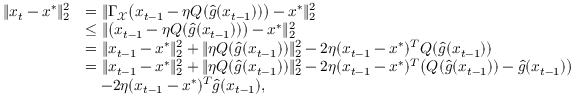
\begin{array} { r l } { \| x _ { t } - x ^ { * } \| _ { 2 } ^ { 2 } } & { = \| \Gamma _ { \mathcal { X } } \big ( x _ { t - 1 } - \eta Q ( \hat { g } ( x _ { t - 1 } ) ) \big ) - x ^ { * } \| _ { 2 } ^ { 2 } } \\ & { \leq \| \big ( x _ { t - 1 } - \eta Q ( \hat { g } ( x _ { t - 1 } ) ) \big ) - x ^ { * } \| _ { 2 } ^ { 2 } } \\ & { = \| x _ { t - 1 } - x ^ { * } \| _ { 2 } ^ { 2 } + \| \eta Q ( \hat { g } ( x _ { t - 1 } ) ) \| _ { 2 } ^ { 2 } - 2 \eta ( x _ { t - 1 } - x ^ { * } ) ^ { T } Q ( \hat { g } ( x _ { t - 1 } ) ) } \\ & { = \| x _ { t - 1 } - x ^ { * } \| _ { 2 } ^ { 2 } + \| \eta Q ( \hat { g } ( x _ { t - 1 } ) ) \| _ { 2 } ^ { 2 } - 2 \eta ( x _ { t - 1 } - x ^ { * } ) ^ { T } \big ( Q ( \hat { g } ( x _ { t - 1 } ) ) - \hat { g } ( x _ { t - 1 } ) \big ) } \\ & { \quad - 2 \eta ( x _ { t - 1 } - x ^ { * } ) ^ { T } \hat { g } ( x _ { t - 1 } ) , } \end{array}